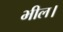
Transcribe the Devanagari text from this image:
भील।